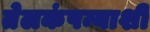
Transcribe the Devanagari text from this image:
तेलकंपन्याशी